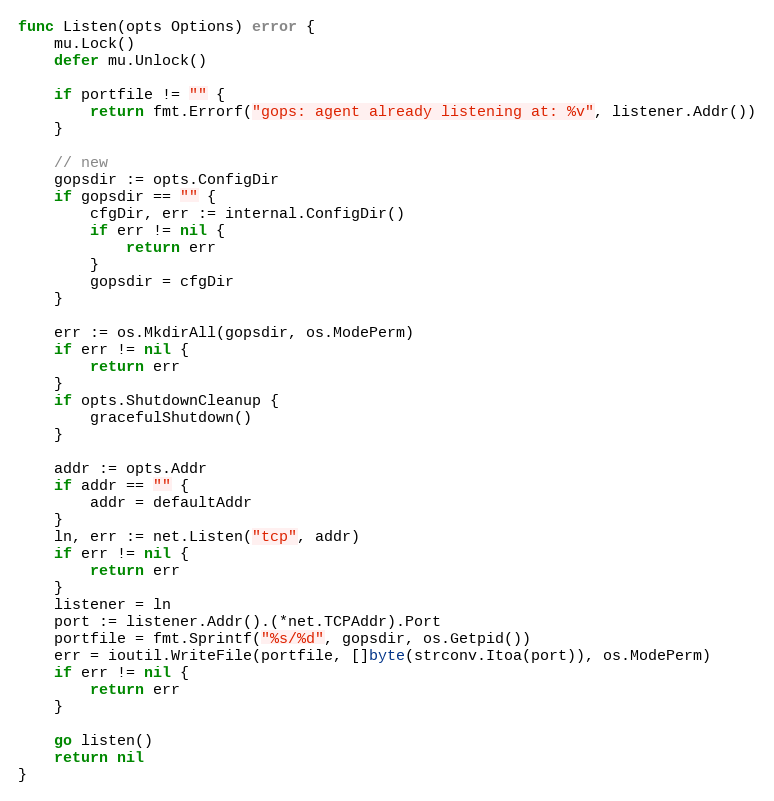
Language: Go
func Listen(opts Options) error {
	mu.Lock()
	defer mu.Unlock()

	if portfile != "" {
		return fmt.Errorf("gops: agent already listening at: %v", listener.Addr())
	}

	// new
	gopsdir := opts.ConfigDir
	if gopsdir == "" {
		cfgDir, err := internal.ConfigDir()
		if err != nil {
			return err
		}
		gopsdir = cfgDir
	}

	err := os.MkdirAll(gopsdir, os.ModePerm)
	if err != nil {
		return err
	}
	if opts.ShutdownCleanup {
		gracefulShutdown()
	}

	addr := opts.Addr
	if addr == "" {
		addr = defaultAddr
	}
	ln, err := net.Listen("tcp", addr)
	if err != nil {
		return err
	}
	listener = ln
	port := listener.Addr().(*net.TCPAddr).Port
	portfile = fmt.Sprintf("%s/%d", gopsdir, os.Getpid())
	err = ioutil.WriteFile(portfile, []byte(strconv.Itoa(port)), os.ModePerm)
	if err != nil {
		return err
	}

	go listen()
	return nil
}